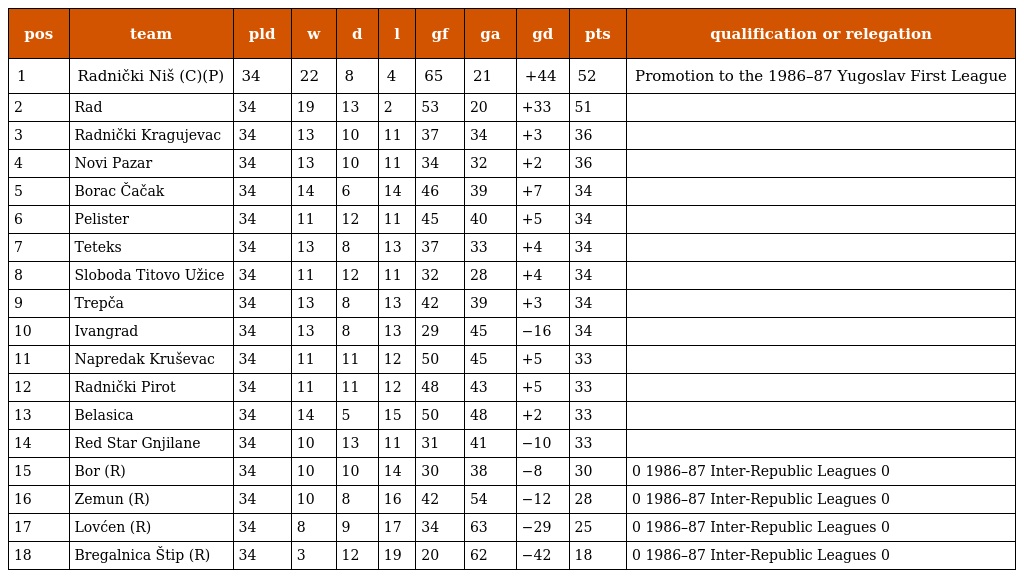
| pos | team | pld | w | d | l | gf | ga | gd | pts | qualification or relegation |
 | --- | --- | --- | --- | --- | --- | --- | --- | --- | --- | --- |
 | 1 | Radnički Niš (C)(P) | 34 | 22 | 8 | 4 | 65 | 21 | +44 | 52 | Promotion to the 1986–87 Yugoslav First League |
 | 2 | Rad | 34 | 19 | 13 | 2 | 53 | 20 | +33 | 51 |  |
 | 3 | Radnički Kragujevac | 34 | 13 | 10 | 11 | 37 | 34 | +3 | 36 |  |
 | 4 | Novi Pazar | 34 | 13 | 10 | 11 | 34 | 32 | +2 | 36 |  |
 | 5 | Borac Čačak | 34 | 14 | 6 | 14 | 46 | 39 | +7 | 34 |  |
 | 6 | Pelister | 34 | 11 | 12 | 11 | 45 | 40 | +5 | 34 |  |
 | 7 | Teteks | 34 | 13 | 8 | 13 | 37 | 33 | +4 | 34 |  |
 | 8 | Sloboda Titovo Užice | 34 | 11 | 12 | 11 | 32 | 28 | +4 | 34 |  |
 | 9 | Trepča | 34 | 13 | 8 | 13 | 42 | 39 | +3 | 34 |  |
 | 10 | Ivangrad | 34 | 13 | 8 | 13 | 29 | 45 | −16 | 34 |  |
 | 11 | Napredak Kruševac | 34 | 11 | 11 | 12 | 50 | 45 | +5 | 33 |  |
 | 12 | Radnički Pirot | 34 | 11 | 11 | 12 | 48 | 43 | +5 | 33 |  |
 | 13 | Belasica | 34 | 14 | 5 | 15 | 50 | 48 | +2 | 33 |  |
 | 14 | Red Star Gnjilane | 34 | 10 | 13 | 11 | 31 | 41 | −10 | 33 |  |
 | 15 | Bor (R) | 34 | 10 | 10 | 14 | 30 | 38 | −8 | 30 | 0 1986–87 Inter-Republic Leagues 0 |
 | 16 | Zemun (R) | 34 | 10 | 8 | 16 | 42 | 54 | −12 | 28 | 0 1986–87 Inter-Republic Leagues 0 |
 | 17 | Lovćen (R) | 34 | 8 | 9 | 17 | 34 | 63 | −29 | 25 | 0 1986–87 Inter-Republic Leagues 0 |
 | 18 | Bregalnica Štip (R) | 34 | 3 | 12 | 19 | 20 | 62 | −42 | 18 | 0 1986–87 Inter-Republic Leagues 0 |